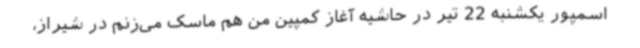
اسمپور یکشنبه 22 تیر در حاشیه آغاز کمپین من هم ماسک می‌زنم در شیراز،